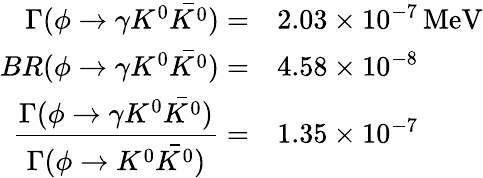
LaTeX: \begin{array}{rl}{{\Gamma(\phi\rightarrow\gamma K^{0}\bar{K^{0}})=}}&{{2.03\times 10^{-7}\, \mathrm{MeV}}}\\ {{BR(\phi\rightarrow\gamma K^{0}\bar{K^{0}})=}}&{{4.58\times 10^{-8}}}\\ {{\displaystyle\frac{\Gamma(\phi\rightarrow\gamma K^{0}\bar{K^{0}})}{\Gamma(\phi\rightarrow K^{0}\bar{K^{0}})}=}}&{{1.35\times 10^{-7}}}\end{array}